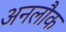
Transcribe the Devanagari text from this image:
अनलौक